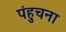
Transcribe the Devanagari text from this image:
पंहुचना